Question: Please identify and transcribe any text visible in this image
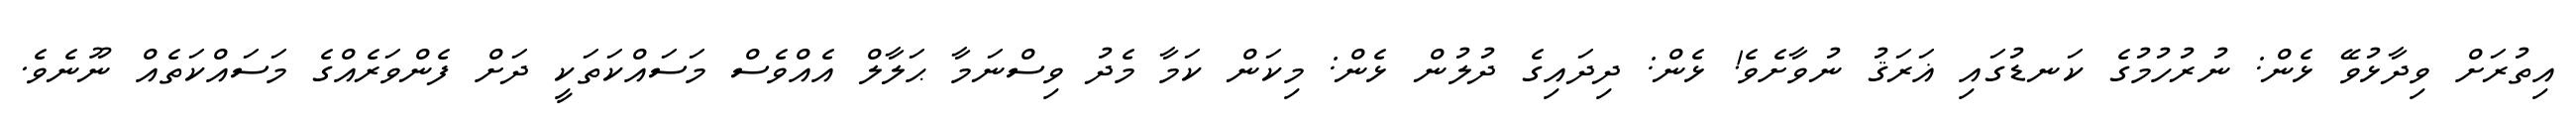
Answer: އިތުރަށް ވިދާޅުވޭ ޅެން: ނުރުހުމުގެ ކަނޑުގައި ޣަރަޤު ނުވާށެވެ! ޅެން: ދިދައިގެ ދުލުން ޅެން: މިކަން ކަމާ މެދު ވިސްނަމާ ޙަލާލް އެއްވެސް މަސައްކަތަކީ ދަށް ފެންވަރެއްގެ މަސައްކަތެއް ނޫނެވެ.